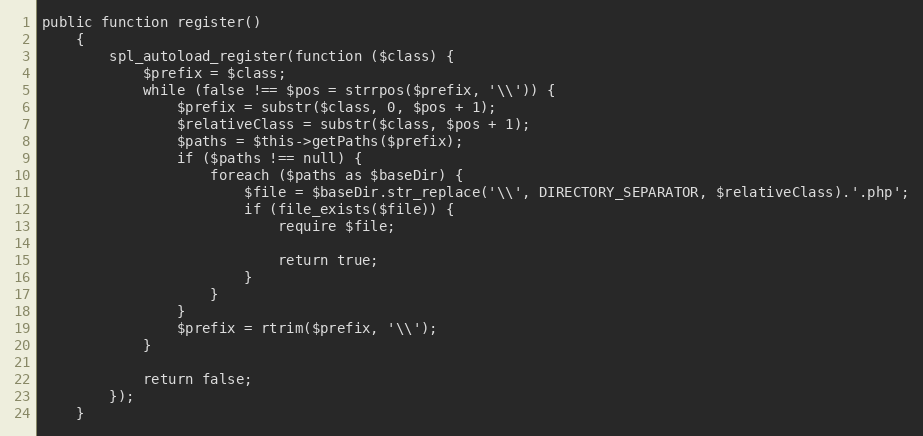
Language: PHP
public function register()
    {
        spl_autoload_register(function ($class) {
            $prefix = $class;
            while (false !== $pos = strrpos($prefix, '\\')) {
                $prefix = substr($class, 0, $pos + 1);
                $relativeClass = substr($class, $pos + 1);
                $paths = $this->getPaths($prefix);
                if ($paths !== null) {
                    foreach ($paths as $baseDir) {
                        $file = $baseDir.str_replace('\\', DIRECTORY_SEPARATOR, $relativeClass).'.php';
                        if (file_exists($file)) {
                            require $file;

                            return true;
                        }
                    }
                }
                $prefix = rtrim($prefix, '\\');
            }

            return false;
        });
    }